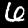
Digit: 6